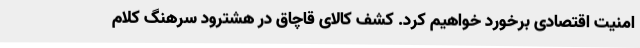
امنیت اقتصادی برخورد خواهیم کرد. کشف کالای قاچاق در هشترود سرهنگ کلام